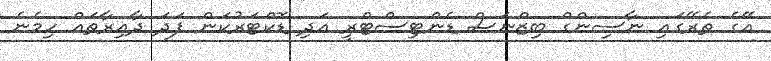
އޭގެ ތެރޭގައި ނާސިންގް ބިޒްނަސް ޑެންޓިސްޓްރީ އަދި ޑޮކްޓަރުކަން ފަދަ ދާއިރާތައް ހިމެނެ